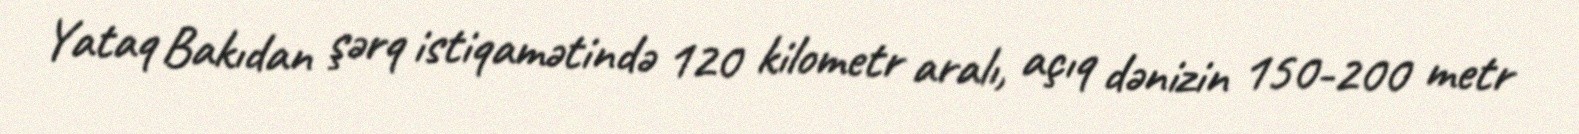
Yataq Bakıdan şərq istiqamətində 120 kilometr aralı, açıq dənizin 150-200 metr